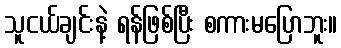
သူငယ်ချင်းနဲ့ ရန်ဖြစ်ပြီး စကားမပြောဘူး။